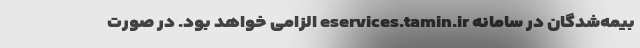
بیمه‌شدگان در سامانه eservices.tamin.ir الزامی خواهد بود. در صورت